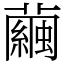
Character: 繭